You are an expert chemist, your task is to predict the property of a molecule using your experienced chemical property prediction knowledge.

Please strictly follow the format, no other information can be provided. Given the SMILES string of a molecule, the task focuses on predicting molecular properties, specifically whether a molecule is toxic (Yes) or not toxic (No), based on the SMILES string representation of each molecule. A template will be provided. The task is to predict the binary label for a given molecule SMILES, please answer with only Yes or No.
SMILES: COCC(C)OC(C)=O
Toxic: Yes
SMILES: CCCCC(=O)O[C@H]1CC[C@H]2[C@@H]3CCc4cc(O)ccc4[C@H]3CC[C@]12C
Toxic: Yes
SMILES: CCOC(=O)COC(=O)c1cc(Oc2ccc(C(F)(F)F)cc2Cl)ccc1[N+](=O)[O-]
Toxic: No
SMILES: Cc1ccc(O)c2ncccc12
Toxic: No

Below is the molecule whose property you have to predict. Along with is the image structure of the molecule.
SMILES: Nc1cc(S(=O)(=O)[O-])cc2cc(S(=O)(=O)O)cc(O)c12
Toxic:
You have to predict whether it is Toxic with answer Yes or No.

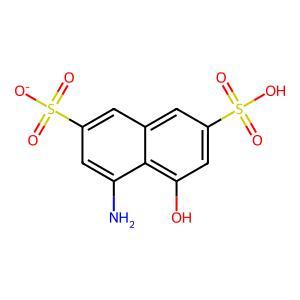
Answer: No